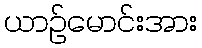
ယာဉ်မောင်းအား